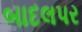
બાદલપર